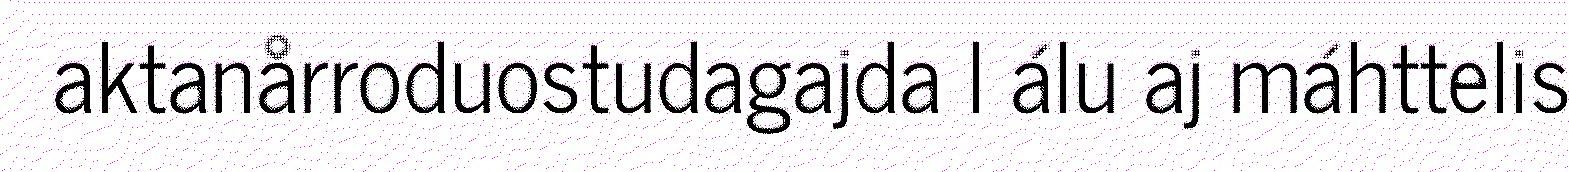
aktanårroduostudagajda l álu aj máhttelis